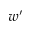
w ^ { \prime }